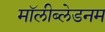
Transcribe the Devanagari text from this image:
मॉलीब्लेडनम